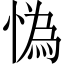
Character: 𢠿